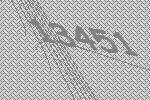
13451